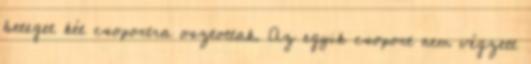
beteget két csoportra osztottak. Az egyik csoport nem végzett